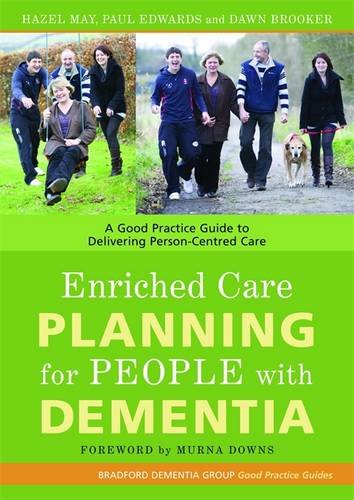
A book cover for Enriched Care Planning for People with Dementia: A Good Practice Guide for Delivering Person-Centred Dementia Care (Bradford Dementia Group Good Practice Guides); Hazel May; Medical Books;